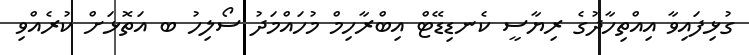
ގުޅިފައިވާ އިއްތިހާދުގެ ރިޔާސީ ކެނޑިޑޭޓް އިބްރާހިމް މުހައްމަދު ސޯލިހު ބ އަތޮޅަށް ކުރެއްވި